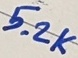
Text: 5.2K